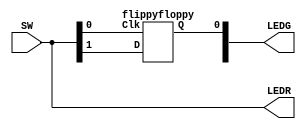
// A gated RS latch
module part2 (SW, LEDR, LEDG);
  input [1:0] SW;
  output [1:0] LEDR, LEDG;
  assign LEDR = SW;
  
  wire Q;

  flippyfloppy D0 (SW[0], SW[1], LEDG[0]);
endmodule

module flippyfloppy (Clk, D, Q);
  input Clk, D;
  output Q;

  wire S, R;

  assign S = D;
  assign R = ~D;

  wire R_g, S_g, Qa, Qb /* synthesis keep */ ;

  assign R_g = R & Clk;
  assign S_g = S & Clk;
  assign Qa = ~(R_g | Qb);
  assign Qb = ~(S_g | Qa);

  assign Q = Qa;
endmodule